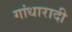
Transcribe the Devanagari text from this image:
गांधारादी